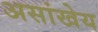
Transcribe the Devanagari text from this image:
असांखेय